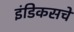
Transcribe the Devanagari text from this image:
इंडिकसचे